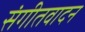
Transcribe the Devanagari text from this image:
संगीतवादन